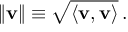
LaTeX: \lVert \mathbf { v } \rVert \equiv { \sqrt { \langle \mathbf { v } , \mathbf { v } \rangle } } \, .